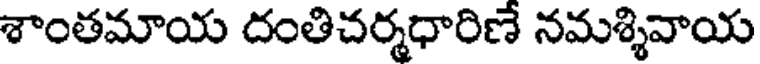
శాంతమాయ దంతిచర్మధారిణే నమశ్శివాయ